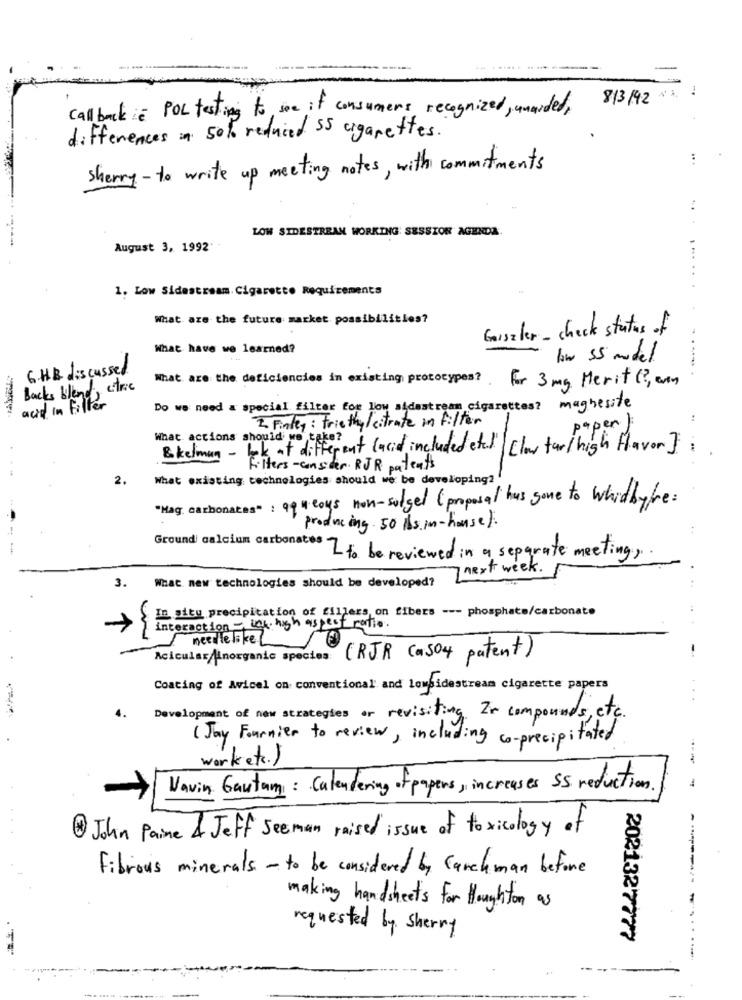
8/3/921
Call back in POL testing to see if consumers recognized, unaided,
differences in 50% reduced 55 cigarettes.
sherry - to write up meeting notes, with commitments
LOW SIDESTREAM WORKING SESSION AGENDA
August 3, 1992'
1. Low Sidestream. Cigarette Requirements
...
What are the future market possibilities?
Gaiszler- check status of
What have we learned?
6.HB discussed
What are the deficiencies in existing prototypes ?.
Backs bland, citric
For 3 mg Merit ( ?, evin
acid in Filler
Do we need a special filter for low sidastream cigarettes? maghesite
2 Finley : trie thy/ citrate in filter
paper )
What actions should we take?
&kelman - lok at different (acid included etal. /clow far/ high flavor];
filters-consider. RJR patents
2.
What existing technologies should we be developing?
Mag. carbonates" : 9queous non-surgel ( proposal has gone to whitbyfre :
producing 50 lbs.in - house ).
Ground calcium carbonates
2 to be reviewed in a separate meeting,
next week .
3. What new technologies should be developed?
In situ precipitation of fillers, on fibers --- phosphate/carbonate
fratio.
needlelike
Acicular/inorganic species: (RJR (a504 patent)
Coating of Avicel on conventional' and lowsidestream cigarette papers
Development of new strategies or revisiting. In compounds, etc.
( Jay Fournier to review, including co-precipitated
work etc.)
Vavin Gautam: Calendering of papers, increases SS reduction.
1 John Paine & Jeff Seeman raised issue of toxicology of
Fibrous minerals - to be considered by Carchman before
-------
making handsheets for Houghton as
requested by Sherry
2021327777